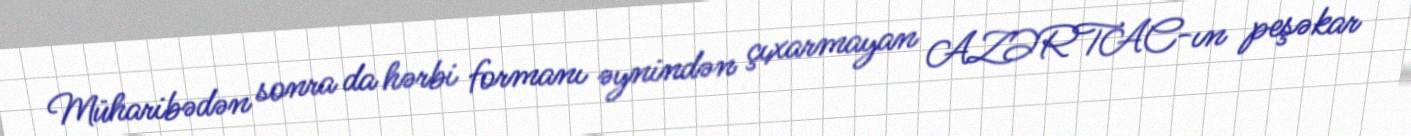
Müharibədən sonra da hərbi formanı əynindən çıxarmayan AZƏRTAC-ın peşəkar